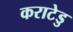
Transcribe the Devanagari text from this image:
कराटेडु